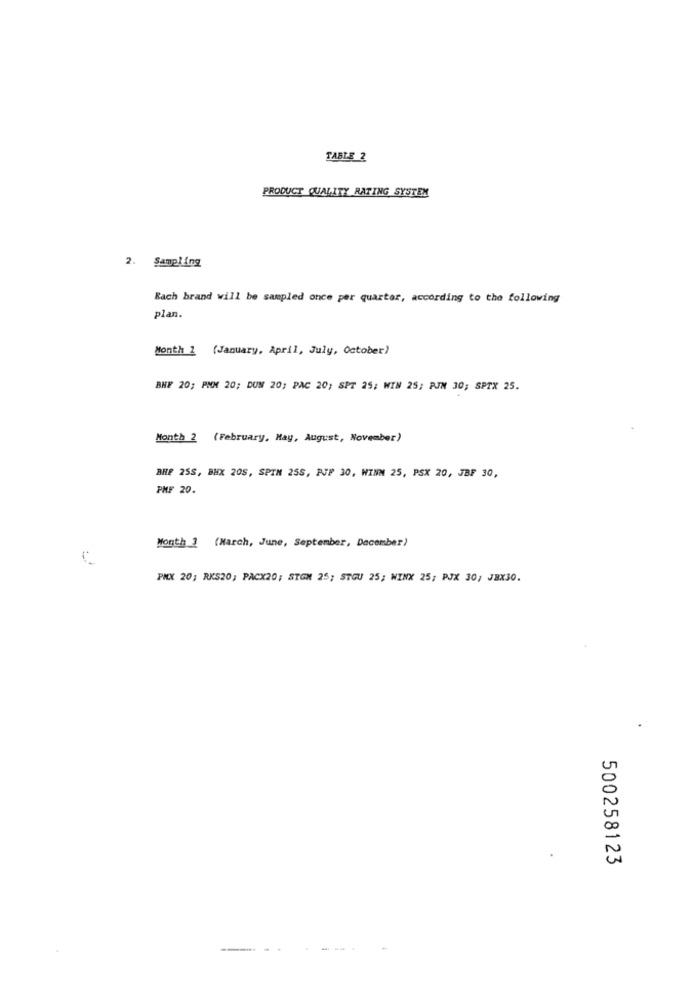
TABLE 2
PRODUCT QUALITY RATING SYSTEM
2. Sampling
Bach brand will be sampled once per quarter, according to the following
plan.
Month 1 (January, April, July, October)
BNF 20; PIM 20; DUN 20; PAC 20; SPT 25; WIN 25; PIN 30; SPTX 25.
Month 2 (February, May, August, November)
BHP 25S, BHX 20S, SPIN 25S, PJF 30, WINN 25, PSX 20, JBF 30,
PMF 20.
Month 3 (March, June, September, December)
PHX 20; RKS20; PACX20; STGN 25; STGU 25; WINX 25; PJX 30; JBX30.
500258123
--